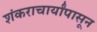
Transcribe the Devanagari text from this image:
शंकराचार्यांपासून